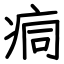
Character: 痌